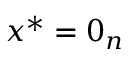
x ^ { * } = 0 _ { n }